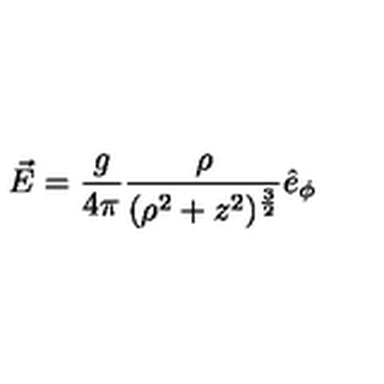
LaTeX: \vec { E } = \frac { g } { 4 \pi } \frac { \rho } { ( \rho ^ { 2 } + z ^ { 2 } ) ^ { \frac { 3 } { 2 } } } \hat { e } _ { \phi }